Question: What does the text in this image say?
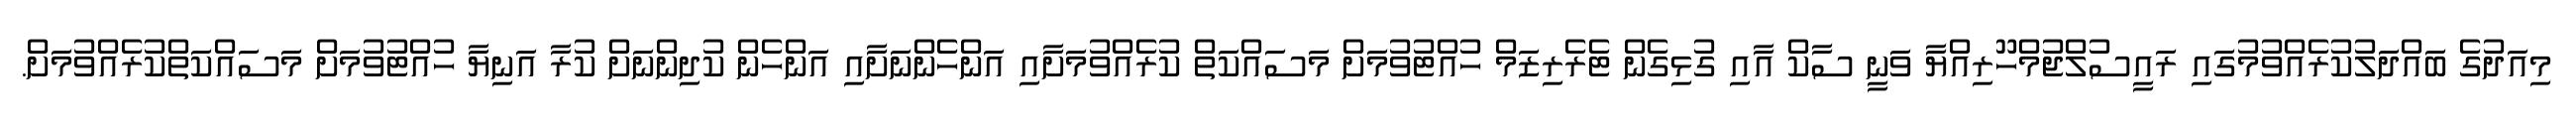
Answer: މިއަދުގެ ބައްދަލުކުރެއްވުމުގައި ރައީސުލްޖުމްހޫރިއްޔާ ވަނީ ސާކް އާއި ގުޅިގެން ޓެރެރިޒަމް ހުއްޓުވުމަށް މަސައްކަތް ކުރެއްވުމަށާއި އަންހެންނަށާއި އަންހެން ކުދިންނަށް ކުރާ އަނިޔާ ހުއްޓުވުމަށް މަސައްކަތްކުރެއްވުމަށް.